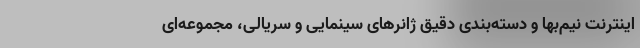
اینترنت نیم‌بها و دسته‌بندی دقیق ژانرهای سینمایی و سریالی، مجموعه‌ای